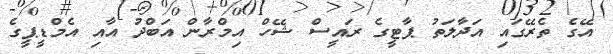
އޭގެ ތެރޭގައި އަދާލަތު ޕާޓީގެ ރައީސް ޝޭހް އިމްރާން އަބްދު އާއި އެމްޑީޕީގެ